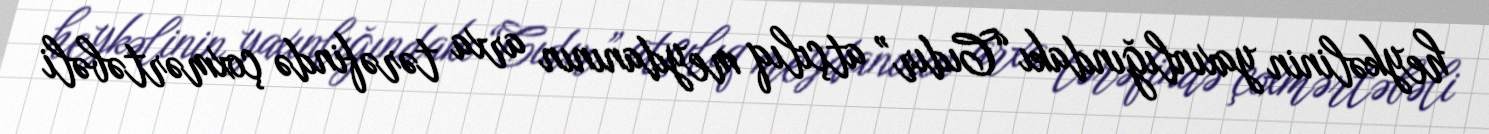
heykəlinin yaxınlığındakı “Cıdır” atçılıq meydanının arxa tərəfində çoxmərtəbəli